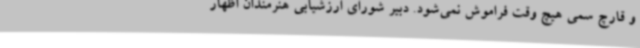
و قارچ سمی هیچ وقت فراموش نمی‌شود. دبیر شورای ارزشیابی هنرمندان اظهار